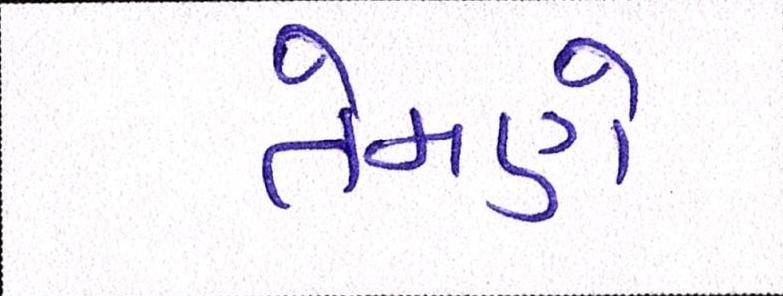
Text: તેમણે